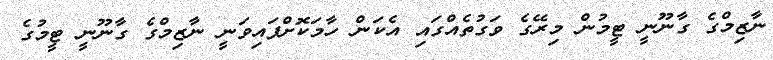
ނާޒިމްގެ ގާނޫނީ ޓީމުން މިރޭގެ ވަގުތެއްގައި އެކަން ހާމަކޮށްފައިވަނީ ނާޒިމްގެ ގާނޫނީ ޓީމުގެ